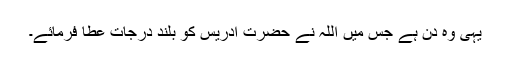
یہی وہ دن ہے جس میں اللہ نے حضرت ادریسؑ کو بلند درجات عطا فرمائے۔